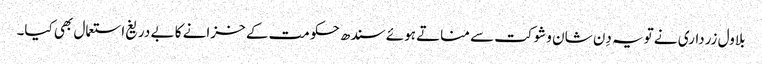
بلاول زرداری نے تویہ دِن شان وشوکت سے مناتے ہوئے سندھ حکومت کے خزانے کا بے دریغ استعمال بھی کیا۔